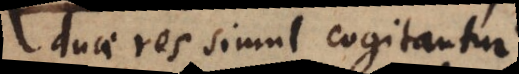
duae res simul cogitantur.